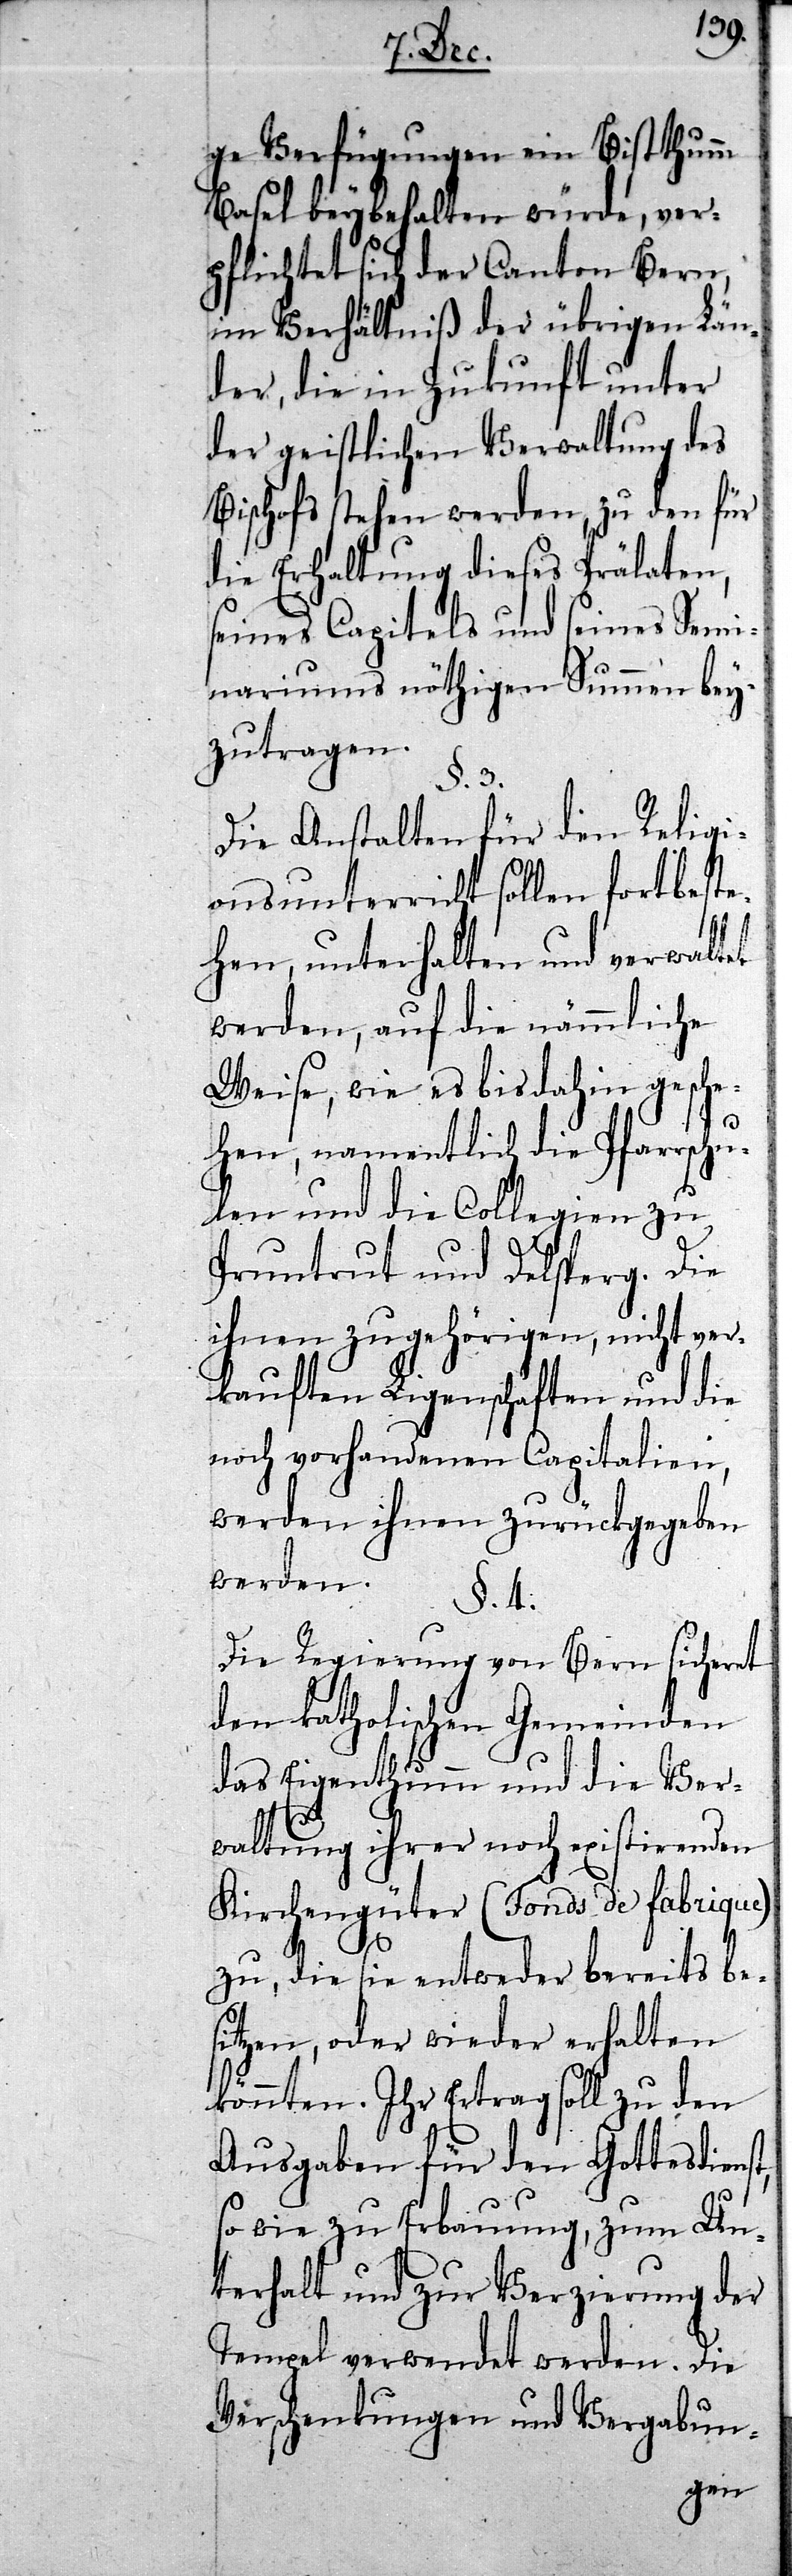
er¬
ge Verfügungen ein Bistthumm
Basel beybehalten würde,
pflichtet sich der Canton Bern,
im Verhältniß der übrigen Lä¬
nder, die in Zukunft unter
der geistlichen Verwaltung des
Bischofs stehen werden, zu den für
die Erhaltung dieses Prälaten,
seines Capitels und seines Semi¬
nariums nöthigen Summen bey¬
zutragen.
§. 3.
Die Anstalten für den Religi¬
onsunterricht sollen fortbeste¬
hen, unterhalten und verwaltet
werden, auf die nämmliche
Weise, wie es bis dahin gesche¬
hen, namentlich die Pfarrschu¬
len und die Collegien zu
Pruntrut und Delsperg. Die
ihnen zugehörigen, nicht ve¬
rkauften Ligenschaften und die
noch vorhandenen Capitalien,
werden ihnen zurückgegeben
werden.
§. 4.
Die Regierung von Bern sicheret
den katholischen Gemeinden
das Eigenthumm und die Ver¬
s¬
waltung ihrer noch existirenden
Kirchengüter (Fonds de fabrique)
eits be¬
zu, die sie entweder b¬
itzen, oder wieder erhalten
könnten. Ihr Ertrag soll zu den
Ausgaben für den Gottesdienst,
so wie zu Erbauung, zum Un¬
terhalt und zur Verzierung der
Tempel verwendet werden. Die
Verschenkungen und Vergabun-